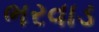
ભરવાડ